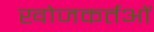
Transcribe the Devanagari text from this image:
खोजकर्तओं